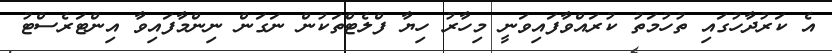
އެ ކަރުދާހުގައި ތުހުމަތު ކުރައްވާފައިވަނީ މިހާރު ހިޔާ ފްލެޓްތަކުން ނަގަން ނިންމާފައިވާ އިންޓަރެސްޓު